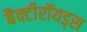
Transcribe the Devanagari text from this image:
बैक्टीरॉयड्स